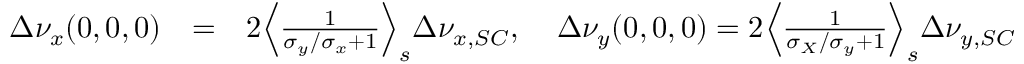
\begin{array} { r l r } { \Delta \nu _ { x } ( 0 , 0 , 0 ) } & { = } & { 2 \Big \langle \frac { 1 } { \sigma _ { y } / \sigma _ { x } + 1 } \Big \rangle _ { s } \Delta \nu _ { x , S C } , \; \; \; \; \Delta \nu _ { y } ( 0 , 0 , 0 ) = 2 \Big \langle \frac { 1 } { \sigma _ { X } / \sigma _ { y } + 1 } \Big \rangle _ { s } \Delta \nu _ { y , S C } } \end{array}